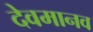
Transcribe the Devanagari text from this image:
देवमानव